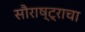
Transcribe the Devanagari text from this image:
सौराष्ट्राचा